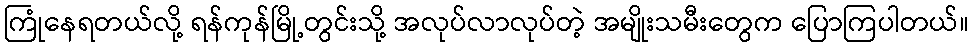
ကြုံနေရတယ်လို့ ရန်ကုန်မြို့တွင်းသို့ အလုပ်လာလုပ်တဲ့ အမျိုးသမီးတွေက ပြောကြပါတယ်။